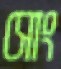
সোং